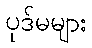
ပုဒ်မများ